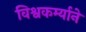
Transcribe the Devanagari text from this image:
विश्वकर्म्याने